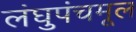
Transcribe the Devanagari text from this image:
लंघुपंचमूल